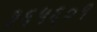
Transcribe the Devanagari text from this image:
३६५६०१